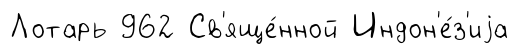
Лотарь 962 Св'яще́нной Индон'е́з'иjа